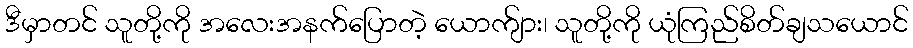
ဒီမှာတင် သူတို့ကို အလေးအနက်ပြောတဲ့ ယောက်ျား၊ သူတို့ကို ယုံကြည်စိတ်ချသယောင်